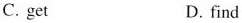
C. get D. find